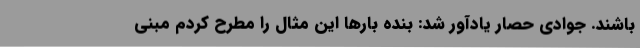
باشند. جوادی حصار یادآور شد: بنده بارها این مثال را مطرح کردم مبنی